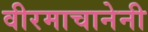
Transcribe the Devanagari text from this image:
वीरमाचानेनी